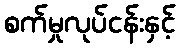
စက်မှုလုပ်ငန်းနှင့်